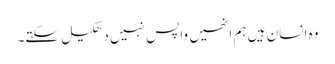
وہ انسان ہیں ہم انھیں واپس نہیں دھکیل سکتے۔